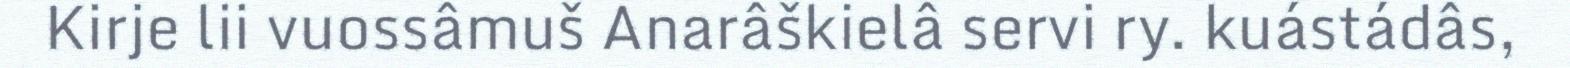
Kirje lii vuossâmuš Anarâškielâ servi ry. kuástádâs,